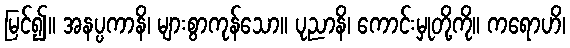
မြင်၍။ အနပ္ပကာနိ၊ များစွာကုန်သော။ ပုညာနိ၊ ကောင်းမှုတို့ကို။ ကရောဟိ၊